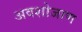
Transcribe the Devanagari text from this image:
अवशोजाण